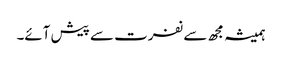
ہمیشہ مجھ سے نفرت سے پیش آئے۔